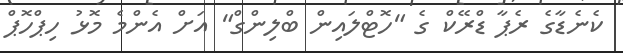
ކެނެޑާގެ ރެޕާ ޑްރޭކް ގެ "ހޮޓްލައިން ބްލިންގް" އަށް އެންމެ މޮޅު ހިޕްހޮޕް